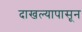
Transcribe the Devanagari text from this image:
दाखल्यापासून